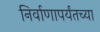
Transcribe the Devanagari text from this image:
निर्वाणापर्यंतच्या